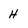
Character: H